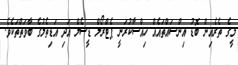
މީގެ ތެރެއިން ބޮޑު އިންސައްތައެއް ހިއްސާކުރަނީ ޕެޓްރޯލް ޑީސެލް އަދި އަޑިތެލުގެ ބާވަތްތަކެވެ.